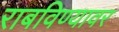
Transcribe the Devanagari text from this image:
राबविण्यावर